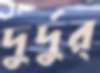
দুর্‌দুর্‌